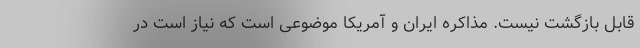
قابل بازگشت نیست. مذاکره ایران و آمریکا موضوعی است که نیاز است در